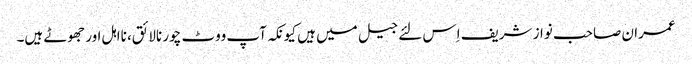
عمران صاحب نواز شریف اِس لئے جیل میں ہیں کیونکہ آپ ووٹ چور نالائق، نااہل اور جھوٹے ہیں۔